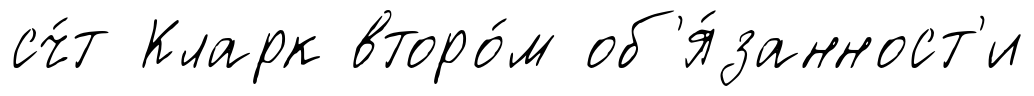
сч́т Кларк второ́м об'я́занност'и